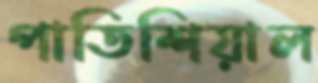
পাতিশিয়াল